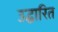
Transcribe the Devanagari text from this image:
उद्धारित